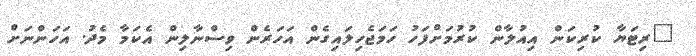
"ރިޓަޔާ ކުރިކަން އިއުލާން ކުރުމަށްފަހު ހަމަޖެހިލައިގެން އަހަރެން ވިސްނާލިން އެކަމާ މެދު. އަހަންނަށް